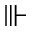
\Vvdash